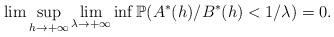
LaTeX: \begin{align*}\lim \sup_{h\rightarrow +\infty }\lim_{\lambda \rightarrow +\infty }\inf \mathbb{P}(A^{\ast }(h)/B^{\ast }(h)<1/\lambda )=0. \end{align*}